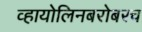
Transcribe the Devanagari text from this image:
व्हायोलिनबरोबरच